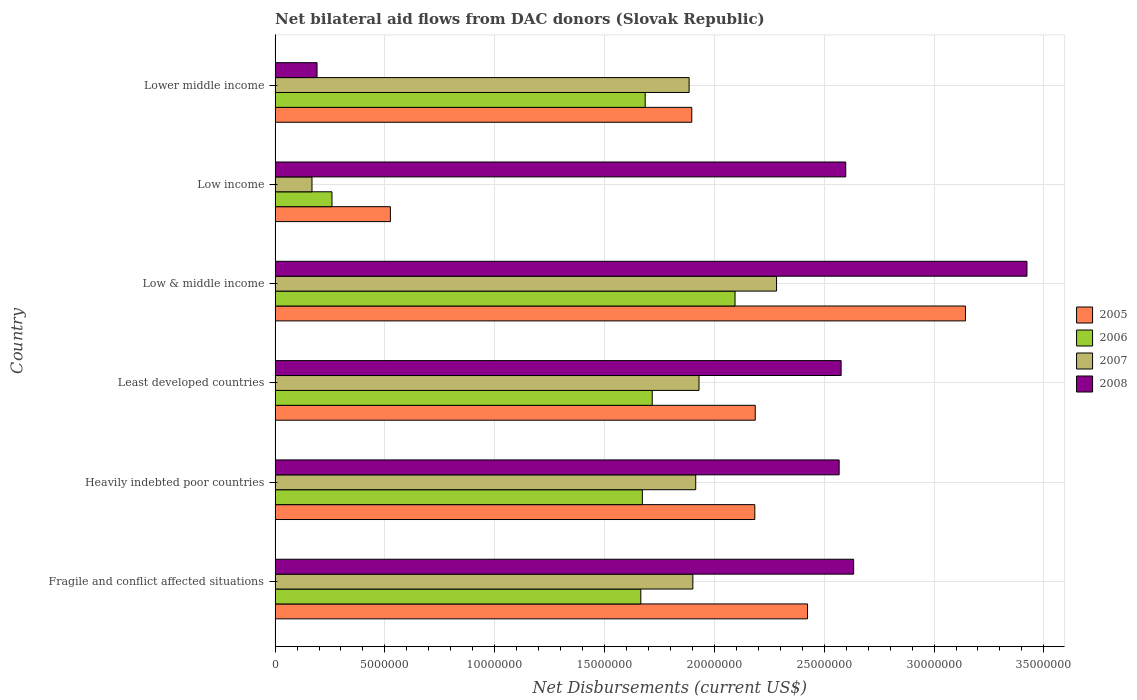
| Country | 2005 | 2006 | 2007 | 2008 |
 | --- | --- | --- | --- | --- |
 | Fragile and conflict affected situations | 2.42e+07 | 1.66e+07 | 1.9e+07 | 2.63e+07 |
 | Heavily indebted poor countries | 2.18e+07 | 1.67e+07 | 1.92e+07 | 2.57e+07 |
 | Least developed countries | 2.19e+07 | 1.72e+07 | 1.93e+07 | 2.58e+07 |
 | Low & middle income | 3.14e+07 | 2.09e+07 | 2.28e+07 | 3.42e+07 |
 | Low income | 5.25e+06 | 2.59e+06 | 1.68e+06 | 2.6e+07 |
 | Lower middle income | 1.9e+07 | 1.68e+07 | 1.88e+07 | 1.91e+06 |